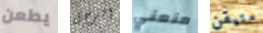
يطعن الرجل منعني متيقن